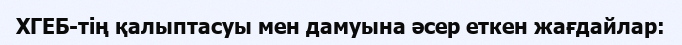
ХГЕБ-тің қалыптасуы мен дамуына әсер еткен жағдайлар: